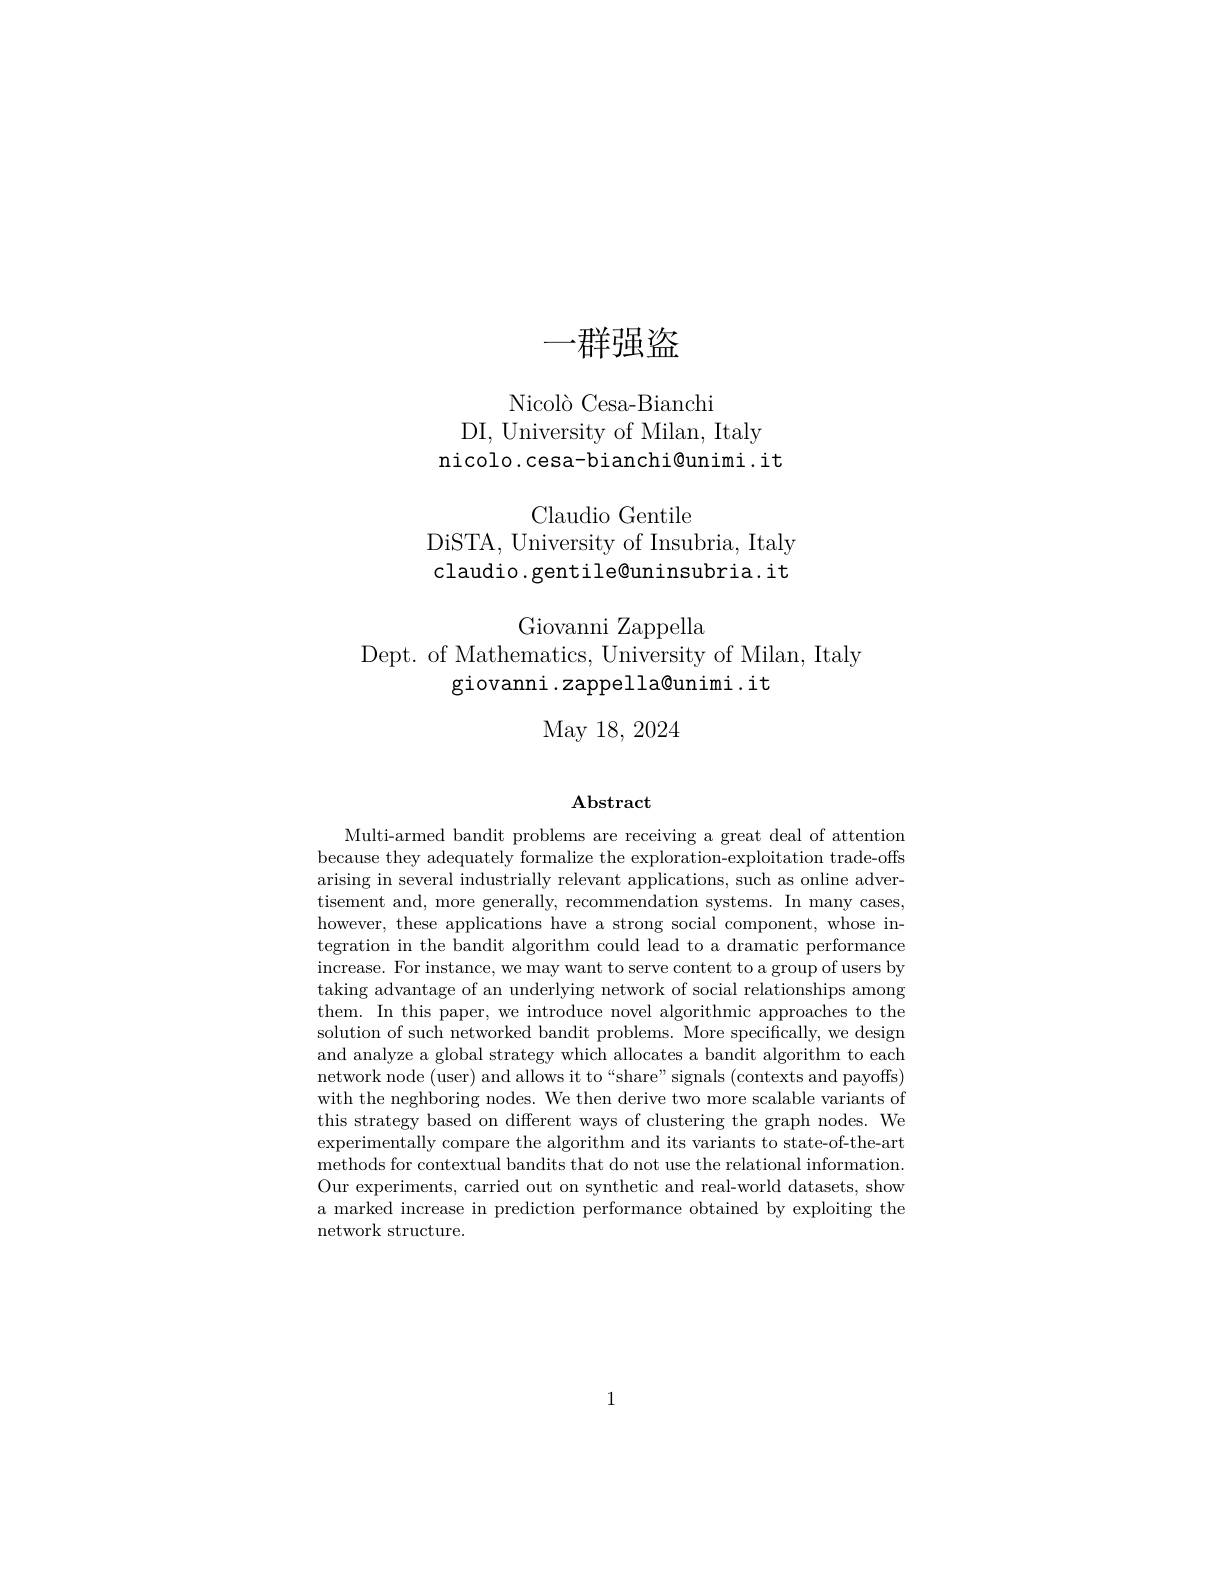
# 一群强盗

Nicolò Cesa-Bianchi
DI, University of Milan, Italy
nicolo.cesa-bianchi@unimi.it

Claudio Gentile

DiSTA, University of Insubria, Italy claudio.gentile@uninsubria.it

Giovanni Zappella

Dept. of Mathematics, University of Milan, Italy
giovanni .zappella@unimi. it

May 18, 2024

## $\mathbf{Abstract}$

Multi-armed bandit problems are receiving a great deal of attention because they adequately formalize the exploration-exploitation trade-offs arising in several industrially relevant applications, such as online advertisement and, more generally, recommendation systems. In many cases however, these applications have a strong social component, whose integration in the bandit algorithm could lead to a dramatic performance increase. For instance, we may want to serve content to a group of users by taking advantage of an underlying network of social relationships among them. In this paper, we introduce novel algorithmic approaches to the solution of such networked bandit problems. More specifically, we design and analyze a global strategy which allocates a bandit algorithm to each network node (user) and allows it to“share”signals (contexts and payoffs) with the neghboring nodes. We then derive two more scalable variants of this strategy based on different ways of clustering the graph nodes. We experimentally compare the algorithm and its variants to state-of-the-art methods for contextual bandits that do not use the relational information. Our experiments, carried out on synthetic and real-world datasets, show a marked increase in prediction performance obtained by exploiting the network structure.

1